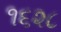
૧૬૨૮